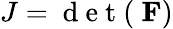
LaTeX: J=\mathrm{~d~e~t~(~}\mathbf{F})